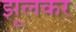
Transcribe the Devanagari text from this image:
झूलकर